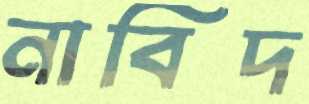
নাবিদ